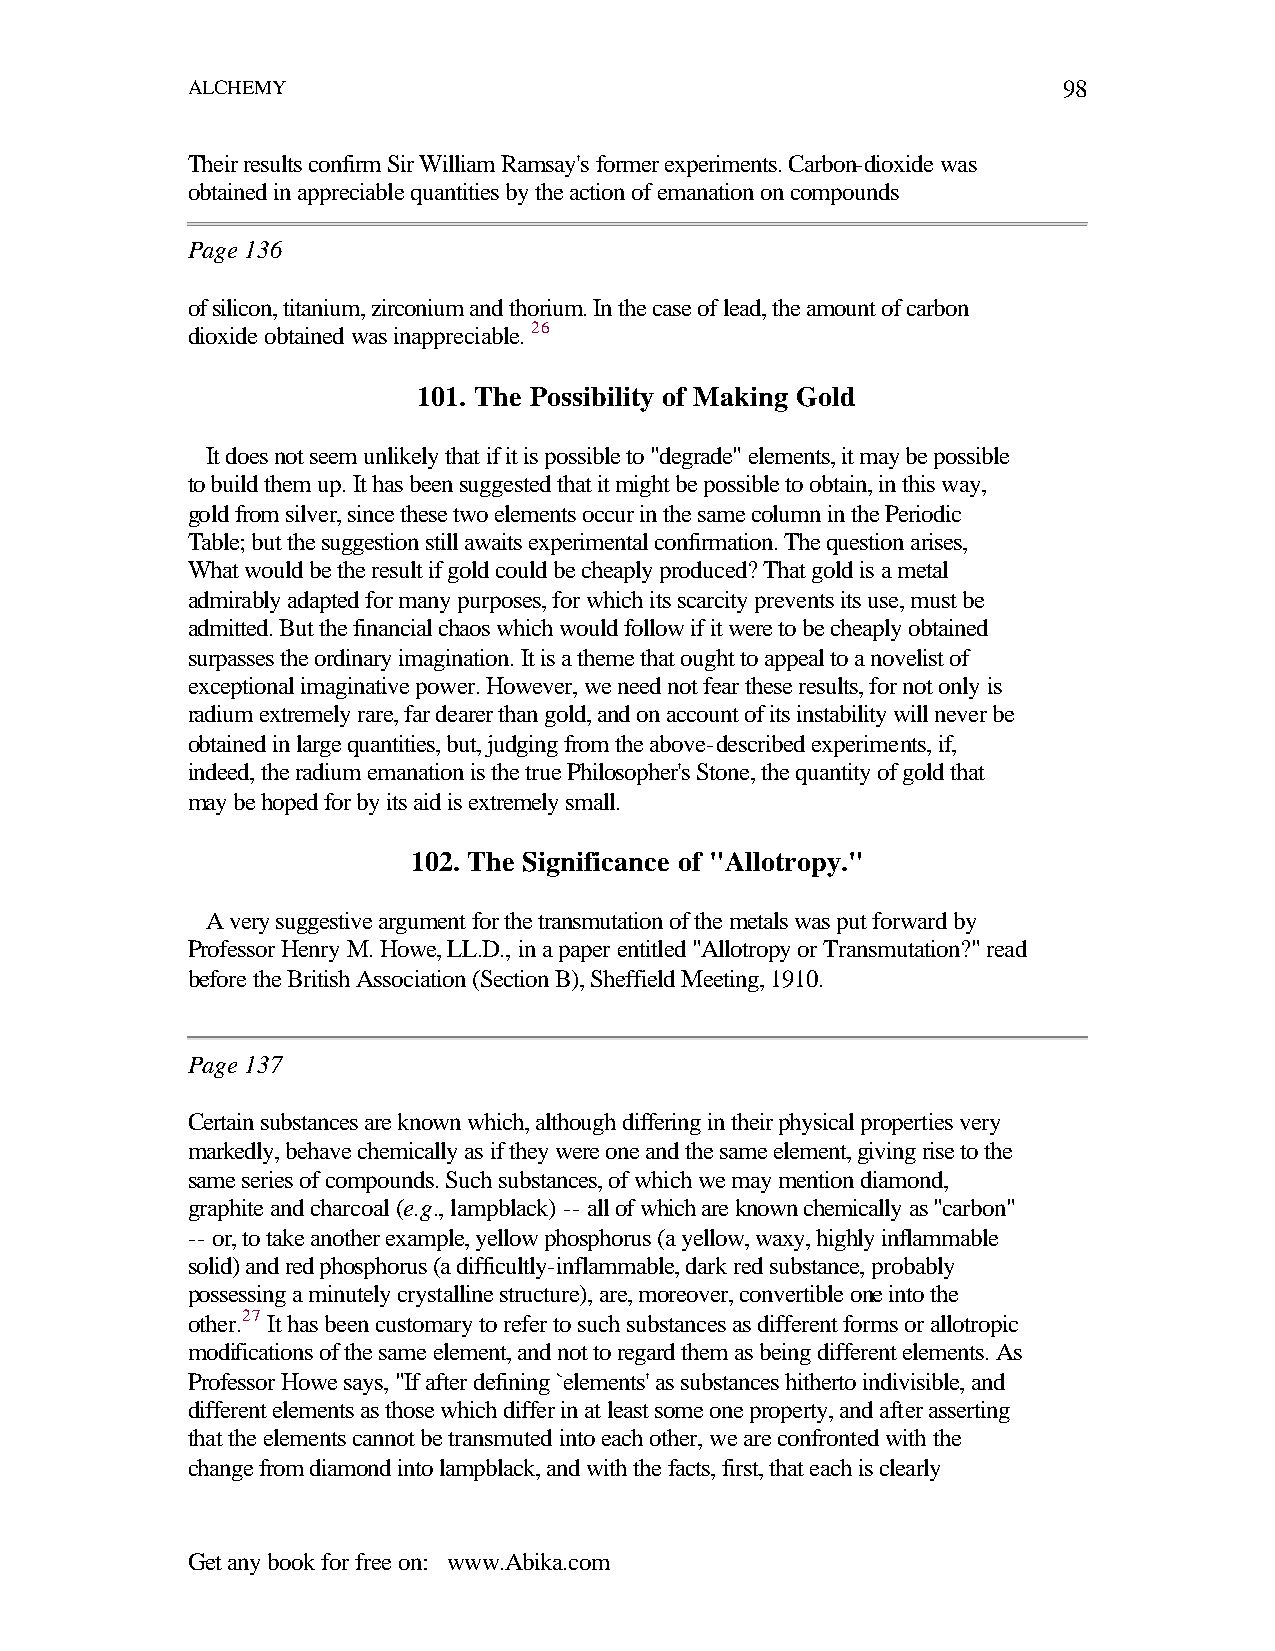
ALCHEMY                                                   98
 Their results confirm Sir William Ramsay's former experiments. Carbon-dioxide was
 obtained in appreciable quantities by the action of emanation on compounds
 Page 136
 of silicon, titanium, zirconium and thorium. In the case of lead, the amount of carbon
 dioxide obtained was inappreciable. 26
 101. The Possibility of Making Gold
 It does not seem unlikely that if it is possible to "degrade" elements, it may be possible
 to build them up. It has been suggested that it might be possible to obtain, in this way,
 gold from silver, since these two elements occur in the same column in the Periodic
 Table; but the suggestion still awaits experimental confirmation. The question arises,
 What would be the result if gold could be cheaply produced? That gold is a metal
 admirably adapted for many purposes, for which its scarcity prevents its use, must be
 admitted. But the financial chaos which would follow if it were to be cheaply obtained
 surpasses the ordinary imagination. It is a theme that ought to appeal to a novelist of
 exceptional imaginative power. However, we need not fear these results, for not only is
 radium extremely rare, far dearer than gold, and on account of its instability will never be
 obtained in large quantities, but, judging from the above-described experiments, if,
 indeed, the radium emanation is the true Philosopher's Stone, the quantity of gold that
 may be hoped for by its aid is extremely small.
 102. The Significance of "Allotropy."
 A very suggestive argument for the transmutation of the metals was put forward by
 Professor Henry M. Howe, LL.D., in a paper entitled "Allotropy or Transmutation?" read
 before the British Association (Section B), Sheffield Meeting, 1910.
 Page 137
 Certain substances are known which, although differing in their physical properties very
 markedly, behave chemically as if they were one and the same element, giving rise to the
 same series of compounds. Such substances, of which we may mention diamond,
 graphite and charcoal (e.g., lampblack) -- all of which are known chemically as "carbon"
 -- or, to take another example, yellow phosphorus (a yellow, waxy, highly inflammable
 solid) and red phosphorus (a difficultly-inflammable, dark red substance, probably
 possessing a minutely crystalline structure), are, moreover, convertible one into the
 other.27 It has been customary to refer to such substances as different forms or allotropic
 modifications of the same element, and not to regard them as being different elements. As
 Professor Howe says, "If after defining `elements' as substances hitherto indivisible, and
 different elements as those which differ in at least some one property, and after asserting
 that the elements cannot be transmuted into each other, we are confronted with the
 change from diamond into lampblack, and with the facts, first, that each is clearly
 Get any book for free on: www.Abika.com